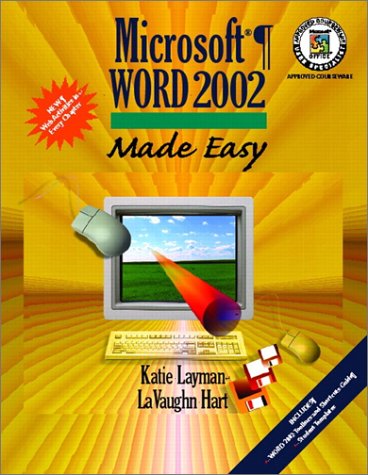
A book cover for Microsoft Word 2002 Made Easy; Katie Layman; Business & Money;